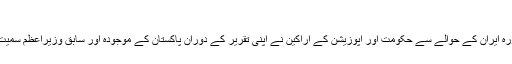
24/04/2019 24/04/2019 0 تبصرے	563 مناظر
پاکستان کی قومی اسمبلی میں وزیراعظم عمران خان کے دورہ ایران کے حوالے سے حکومت اور اپوزیشن کے اراکین نے اپنی تقریر کے دوران پاکستان کے موجودہ اور سابق وزیراعظم سمیت بھارتی وزیر اعظم نریندر مودی پر بھی کھل کر بات کی۔